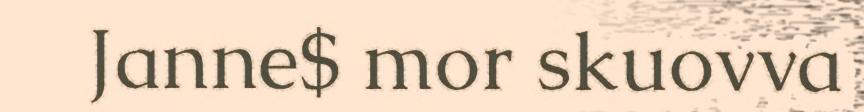
Janne$ mor skuovva